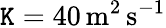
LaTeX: \mathtt{K}=40\, \mathrm{{m}}^{2}\, \mathrm{{s}}^{-1}